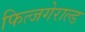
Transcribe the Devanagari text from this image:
फित्जगेराल्ड